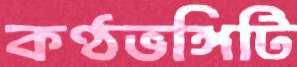
কণ্ঠভঙ্গিটি